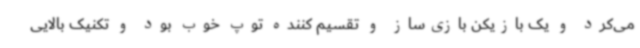
می‌کرد و یک بازیکن بازی‌ساز و تقسیم کننده توپ خوب بود و تکنیک بالایی